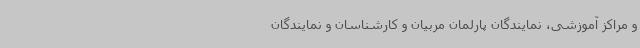
و مراکز آموزشی، نمایندگان پارلمان مربیان و کارشناسان‌ و نمایندگان